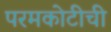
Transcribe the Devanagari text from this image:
परमकोटीची